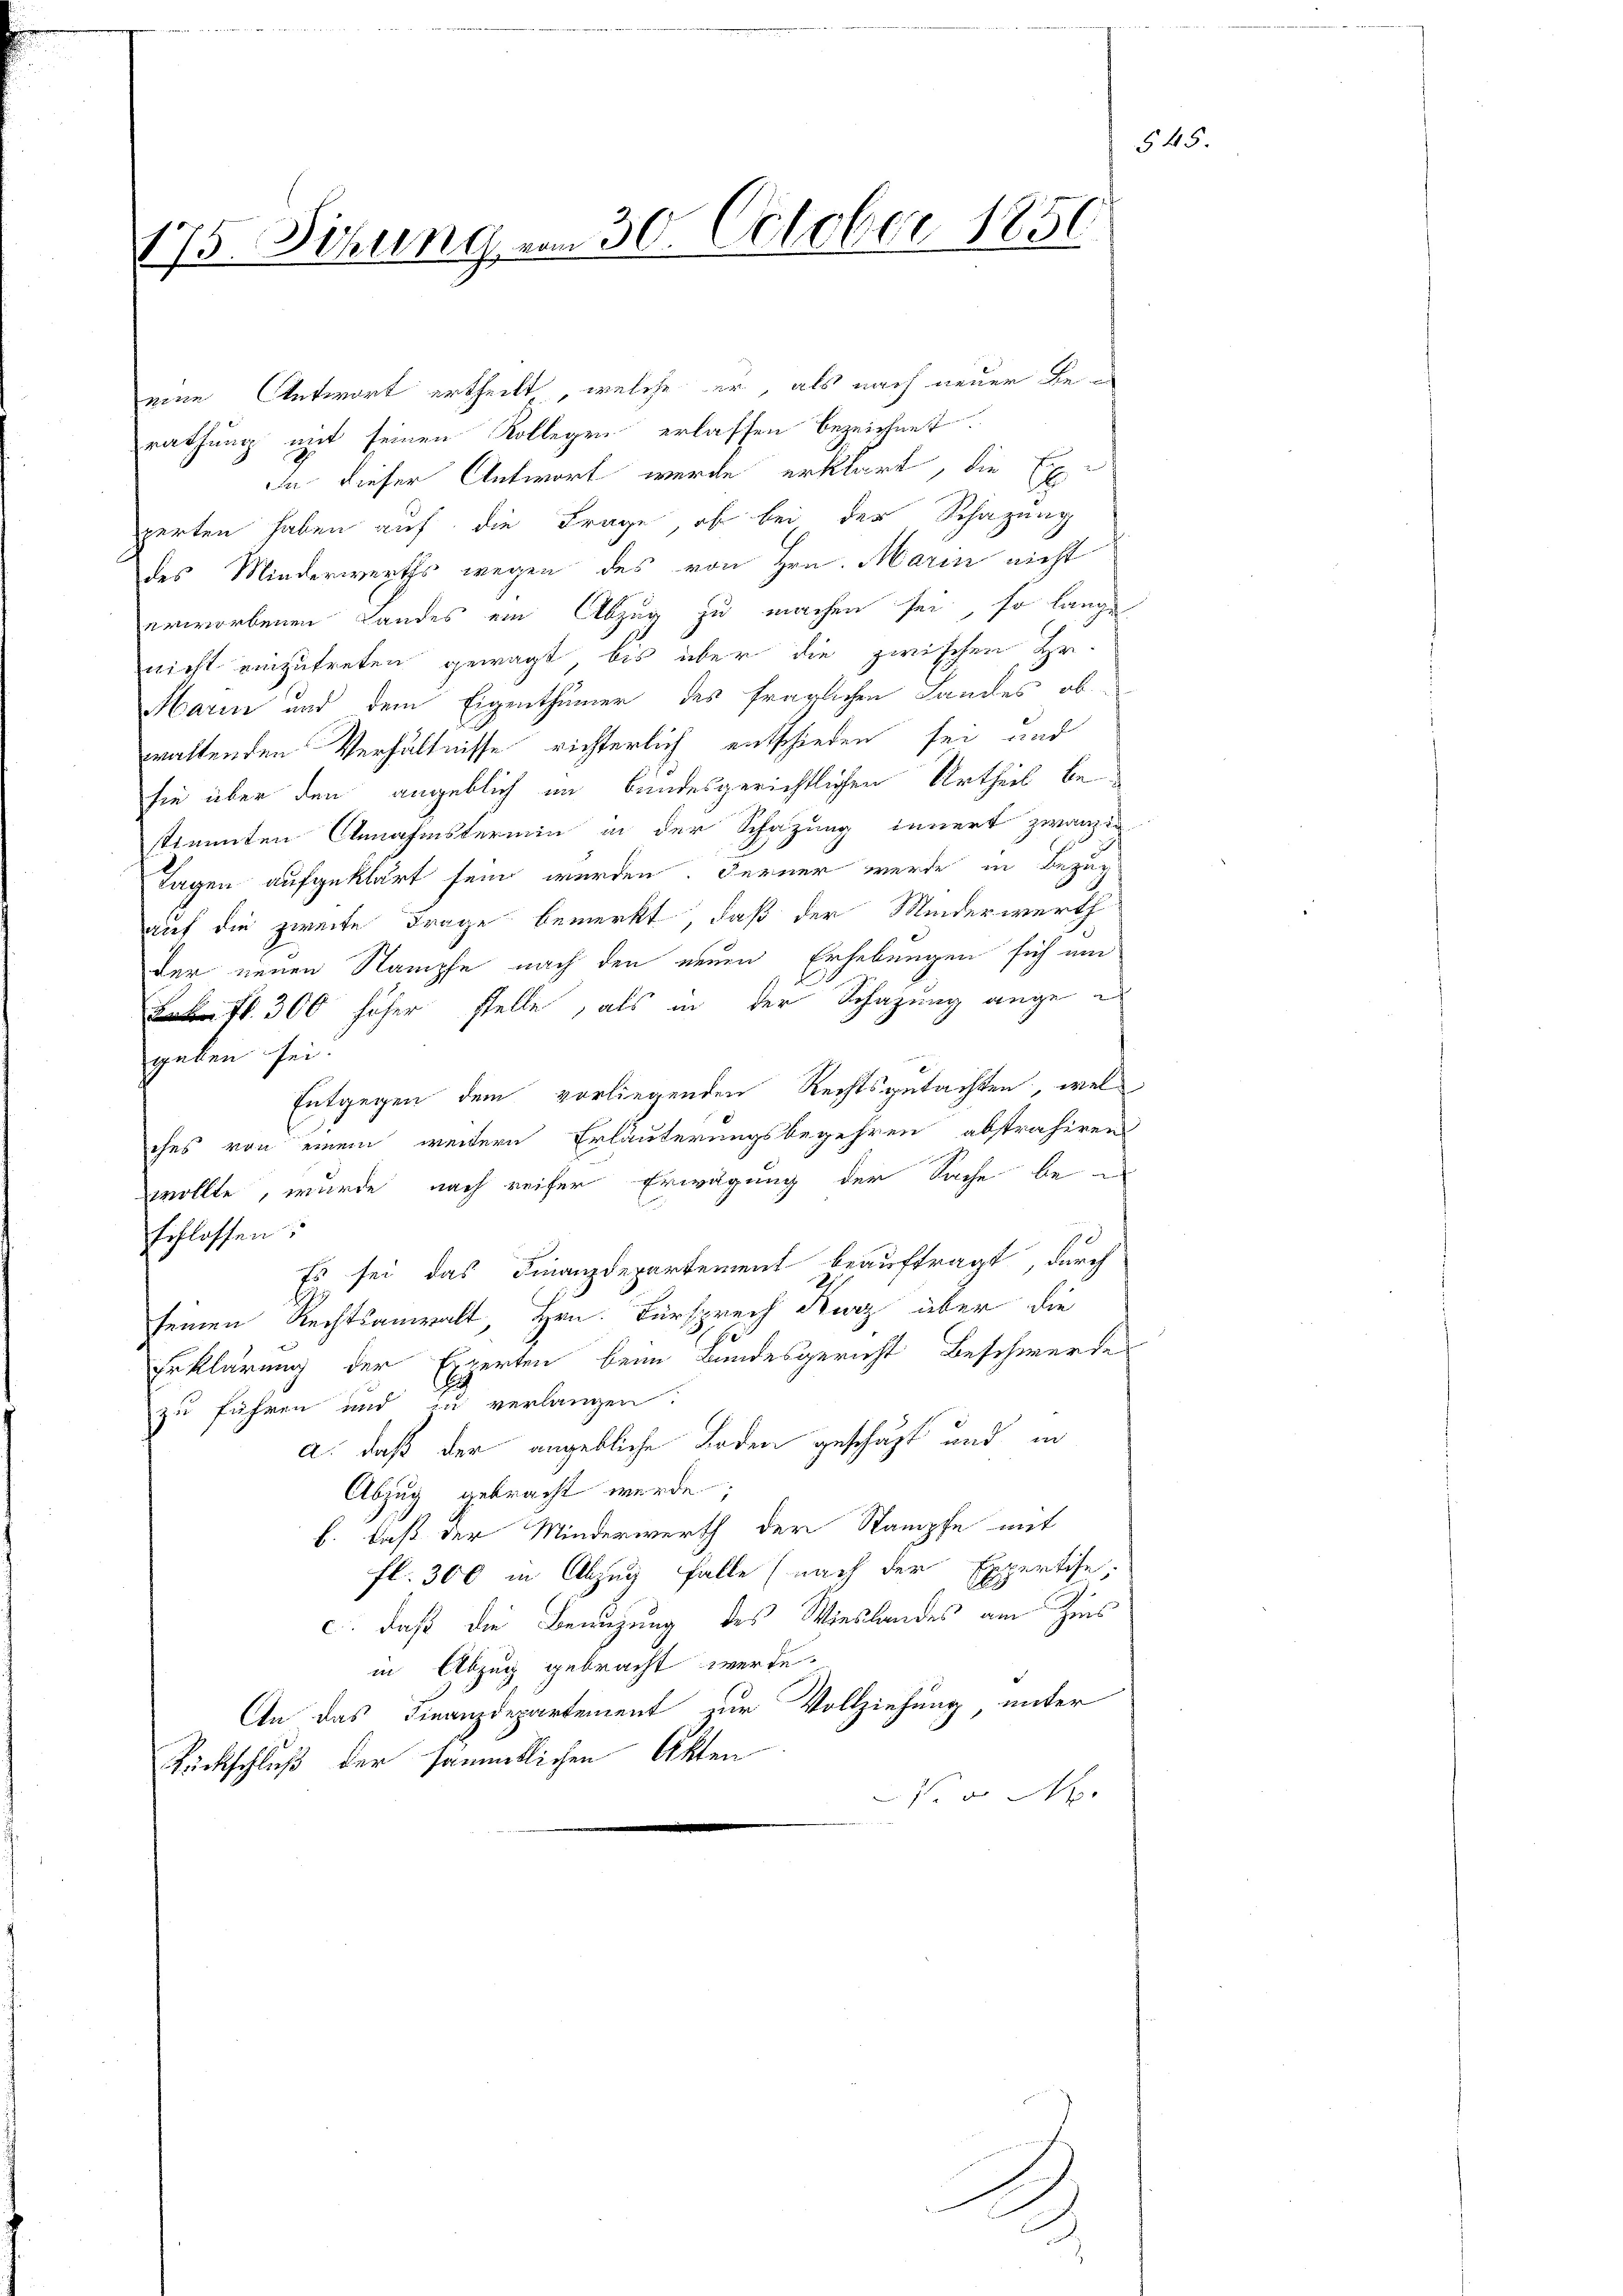
175. Sitzung vom 30. October 1850

eine Antwort ertheilt, welche er, als nach neuer Berathung mit seinen Kollegen erlassen bezeichnet.
In dieser Antwort werde erklärt, die Ex-
perten haben auf die Frage ob bei der Schazung
des Minderwerths wegen des von Hrn. Marin nicht
erworbenen Landes ein Abzug zu machen sei, so lange
nicht einzutreten gewagt, bis über die zwischen Hr.
Marin und dem Eigenthümer des fraglichen Landes ob
waltenden Verhältnisse richterlich entschieden sei, und
sie über den angeblich im Bundesgerichtlichen Urtheil be
stimmten Annahmstermin in der Schazung innert zwanzig
Tagen aufgeklärt sein werden. Ferner werde in Bezug
auf die zweite Frage bemerkt, daß der Minderwerth
der neuen Stampfe nach den neuen Erhebungen sich au
t. 300 höher stelle, als in der Schazung ange e
geben sei.
Entgegen dem vorliegenden Rechtsgutachten, wel
ches von einem weitern Erläuterungsbegehren abstrahiren
wollte, wurde nach reifer Erwägung der Sache be-
schlossen
Es sei das Finanzdepartement beauftragt, durch
seinen Rechtsanwalt Hrn. Fürsprech Kurz über die
Erklärung der Experten beim Bundesgericht Beschwerdes
zu führen und zu verlangen.
a. daß der angebliche Boden geschäft und in
Abzug gebracht werde;
b. daß der Minderwerth der Stampfe mit
fl. 300 in Abzug falle (nach der Expertise:
c. daß die Benuzung des Wieslandes am Zins
in Abzug gebracht werde.
An das Finanzdepartement der Vollziehung unter
Rückschluß der sämmtlichen Akten
Nr v M.

1

54.